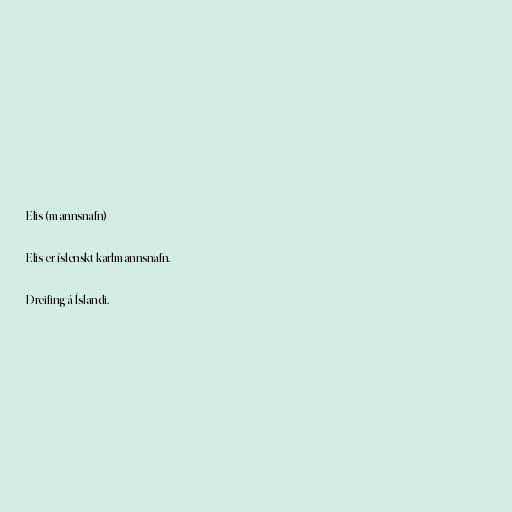
Elis (mannsnafn)

Elis er íslenskt karlmannsnafn.

Dreifing á Íslandi.